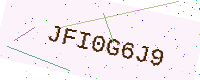
Text: JFI0G6J9